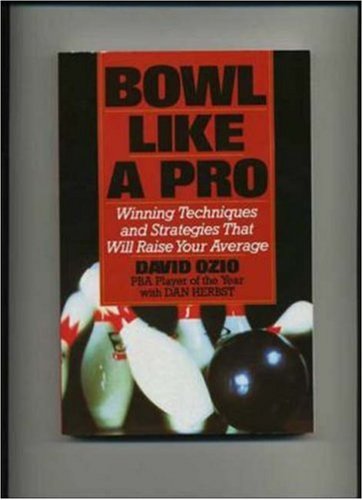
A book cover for Bowl Like a Pro; David Ozio; Sports & Outdoors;